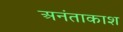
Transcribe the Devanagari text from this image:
अनंताकाश